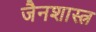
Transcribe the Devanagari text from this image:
जैनशास्त्र